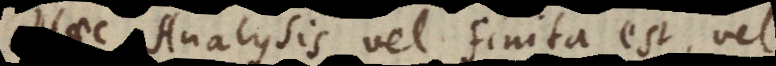
Haec Analysis vel finita est vel